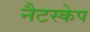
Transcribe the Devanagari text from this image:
नैटस्केप